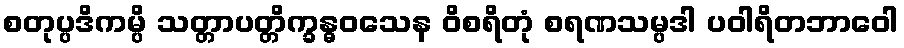
စတုပ္ပဒိကမ္ပိ သတ္တာပတ္တိက္ခန္ဓဝသေန ဝိစရိတုံ စရဏသမ္ပဒါ ပဝါရိတဘာဝေါ